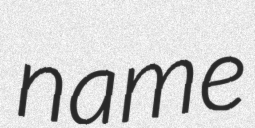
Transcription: name